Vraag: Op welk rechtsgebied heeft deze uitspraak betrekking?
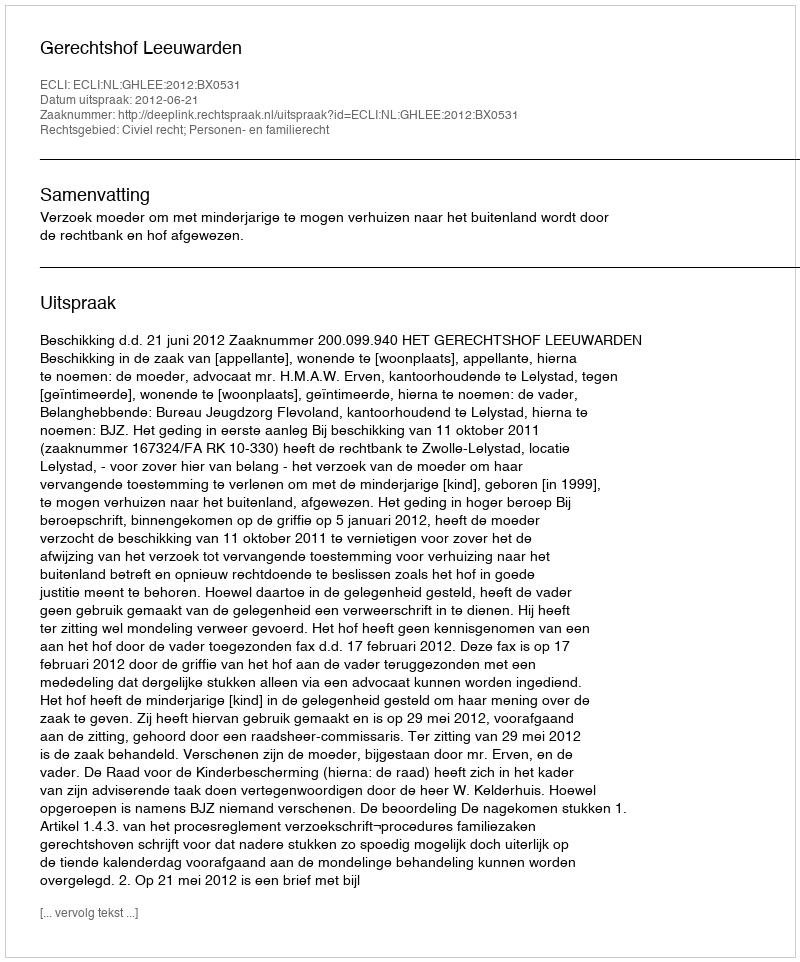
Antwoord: Civiel recht; Personen- en familierecht